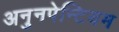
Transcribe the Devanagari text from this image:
अनुनपेन्टियम